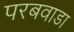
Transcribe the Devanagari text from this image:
परबवाडा